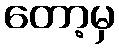
တော့မှ